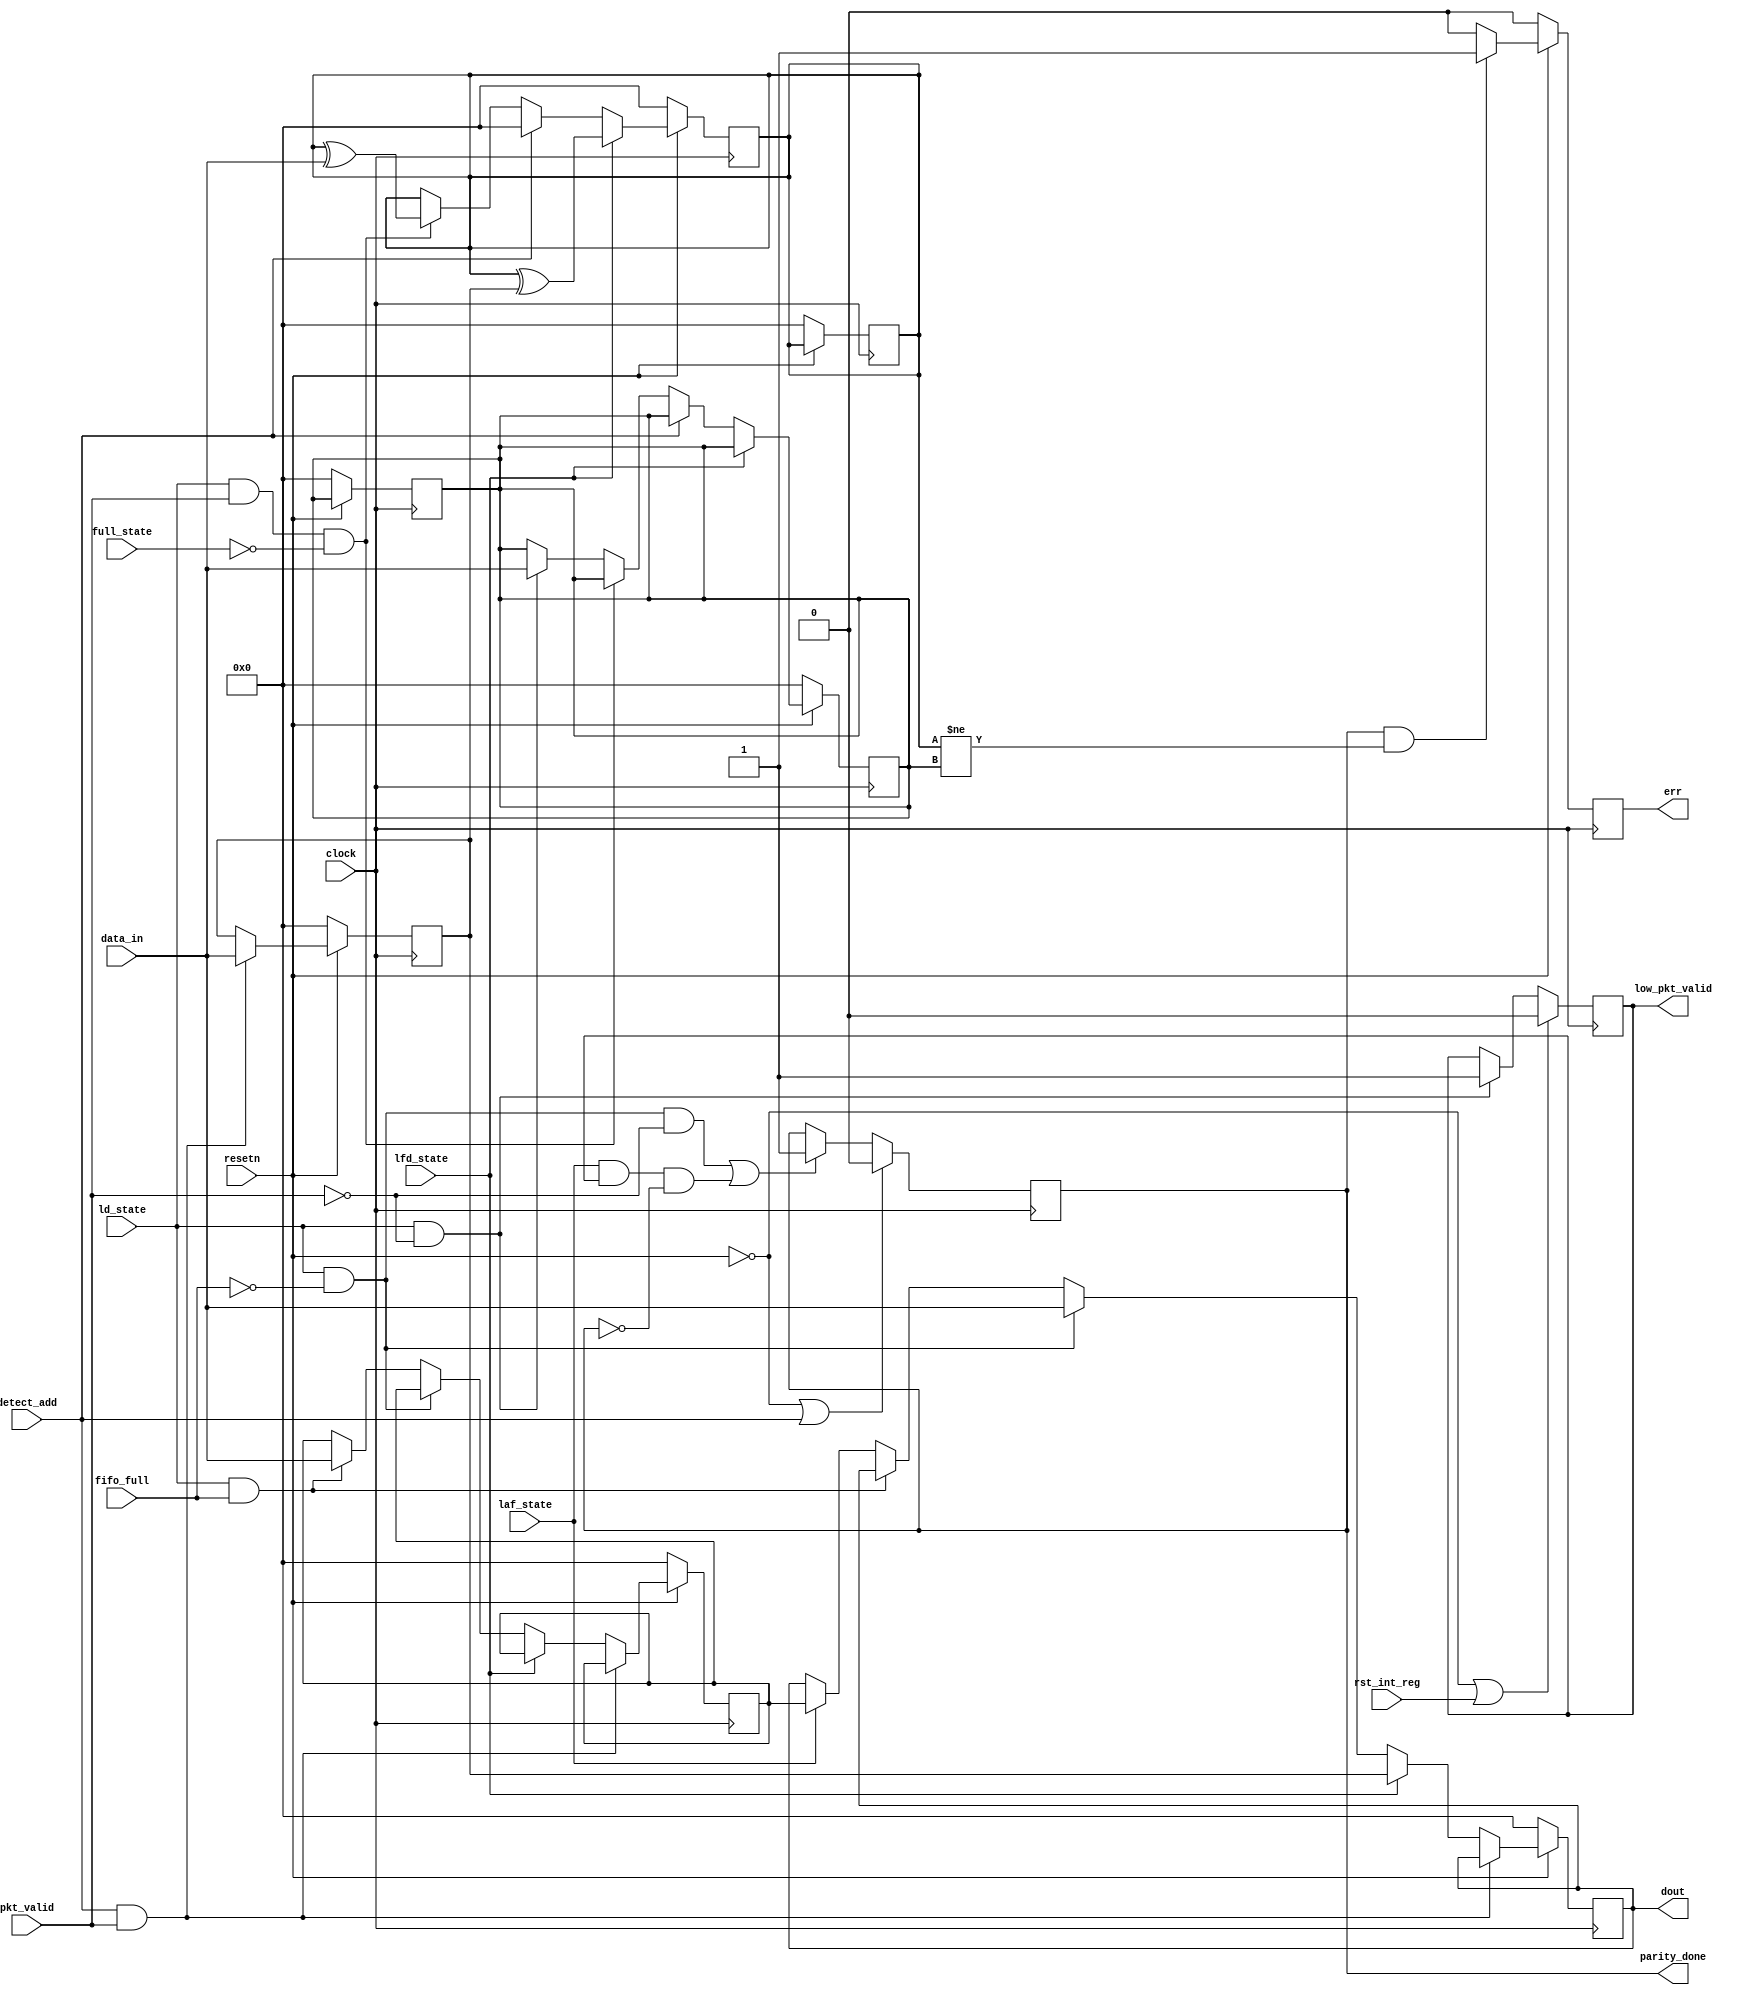
module router_reg (
  input 		clock,
  input 		resetn,
  input 		pkt_valid,
  input	[7:0]	data_in,
  input  		fifo_full,
  input 		rst_int_reg,
  input 		detect_add,
  input 		ld_state,
  input 		laf_state,
  input 		full_state,
  input 		lfd_state,
  
  output reg		parity_done,
  output reg		low_pkt_valid,
  output reg 		err,
  output reg [7:0]	dout
);
  
  // Latch registers
  reg [7:0] header_latch;
  reg [7:0] FIFO_Full_latch;
  reg [7:0] Internal_Parity_latch;
  reg [7:0] Packet_Parity_latch;
  
  // Always block for parity_done
  always @ (posedge clock)
    begin
      if (!resetn || detect_add)
        begin
          parity_done 	<= 	1'b0;
        end
      
      else if ((ld_state && !fifo_full && !pkt_valid) || (laf_state && low_pkt_valid && !parity_done))  //hosakta h yaha galti ho
        begin
          parity_done 	<= 	1'b1;
        end
    end
  
  // Always block for low_pkt_valid
  always @ (posedge clock)
    begin
      if (!resetn || rst_int_reg)
        begin
          low_pkt_valid <= 1'b0;
        end
      else if (ld_state && !pkt_valid)
        begin
          low_pkt_valid <= 1'b1;
        end
    end
  
  // Always block for err
  always @ (posedge clock)
    begin
      if (!resetn)
        begin
          err <= 1'b0;
        end
      else if (parity_done && (Internal_Parity_latch != Packet_Parity_latch))
        err <= 1'b1;
      else
        err <= 1'b0;
    end
  
  
  // Data Latching
  always @ (posedge clock)
    begin
      if (!resetn)
        begin
          dout					<=	8'b0;
          header_latch 			<= 	8'b0;
          FIFO_Full_latch 		<=	8'b0;
          Internal_Parity_latch	<=	8'b0;
          Packet_Parity_latch	<=	8'b0;
        end
      else if (detect_add && pkt_valid)
        header_latch <=	data_in;
      
      else if (lfd_state)
        begin
          dout <=	header_latch;
        end
      
      else if (ld_state && !fifo_full)
        dout <= data_in;
      
      else if (ld_state && fifo_full)
        FIFO_Full_latch <= data_in;
      
      else 
        begin
          if (laf_state)
        	dout <= FIFO_Full_latch;
        end 
      
    end
  
  always @ (posedge clock)
    begin
      if (!resetn)
        begin
          Internal_Parity_latch	<=	8'b0;
          Packet_Parity_latch	<=	8'b0;
        end
      else if (lfd_state)
        Internal_Parity_latch	<=	Internal_Parity_latch ^ header_latch;
      
      else if (detect_add)
        Internal_Parity_latch <= 8'b0;
      
      else if(ld_state && pkt_valid && !full_state)
		Internal_Parity_latch <= Internal_Parity_latch ^ data_in;
      
      else if (!pkt_valid && ld_state)
		Packet_Parity_latch <= data_in;
    end
  
  
endmodule